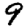
Digit: 9